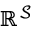
\mathbb { R } ^ { \mathcal { S } }